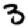
Digit: 3